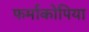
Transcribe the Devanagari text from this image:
फर्माकोपिया